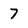
Character: 7